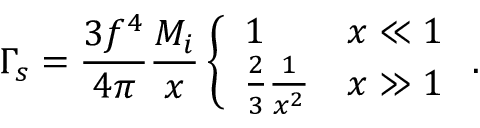
\Gamma _ { s } = { \frac { 3 f ^ { 4 } } { 4 \pi } } { \frac { M _ { i } } { x } } \left\{ \begin{array} { l l } { { 1 } } & { { x \ll 1 } } \\ { { { \frac { 2 } { 3 } } { \frac { 1 } { x ^ { 2 } } } } } & { { x \gg 1 } } \end{array} \right. .